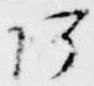
阿